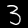
Digit: 3